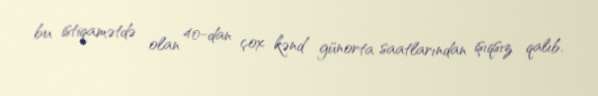
bu istiqamətdə olan 40-dan çox kənd günorta saatlarından işıqsız qalıb.